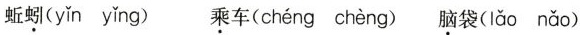
蚯蚓(yǐn yǐng) 乘车( ) 脑袋( lǎo nǎo )